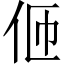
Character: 𠇽